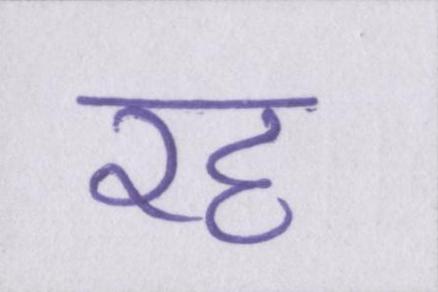
रह